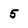
Character: 5